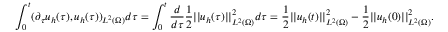
\int _ { 0 } ^ { t } ( \partial _ { \tau } u _ { h } ( \tau ) , u _ { h } ( \tau ) ) _ { L ^ { 2 } ( \Omega ) } d \tau = \int _ { 0 } ^ { t } \frac { d } { d { \tau } } \frac { 1 } { 2 } | | u _ { h } ( \tau ) | | _ { L ^ { 2 } ( \Omega ) } ^ { 2 } d \tau = \frac { 1 } { 2 } | | u _ { h } ( t ) | | _ { L ^ { 2 } ( \Omega ) } ^ { 2 } - \frac { 1 } { 2 } | | u _ { h } ( 0 ) | | _ { L ^ { 2 } ( \Omega ) } ^ { 2 } .